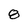
Character: 8